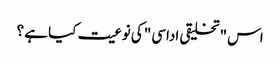
اس "تخلیقی اداسی "کی نوعیت کیا ہے ؟